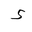
Letter: _hamza